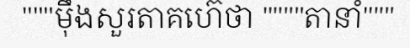
"""ម៉ឹងសួរតាគហ៊េថា """"តានាំ"""